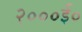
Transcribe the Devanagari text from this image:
२०००ई०